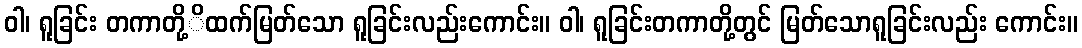
ဝါ၊ ရူခြင်း တကာတို့ိထက်မြတ်သော ရူခြင်းလည်းကောင်း။ ဝါ၊ ရူခြင်းတကာတို့တွင် မြတ်သောရူခြင်းလည်း ကောင်း။